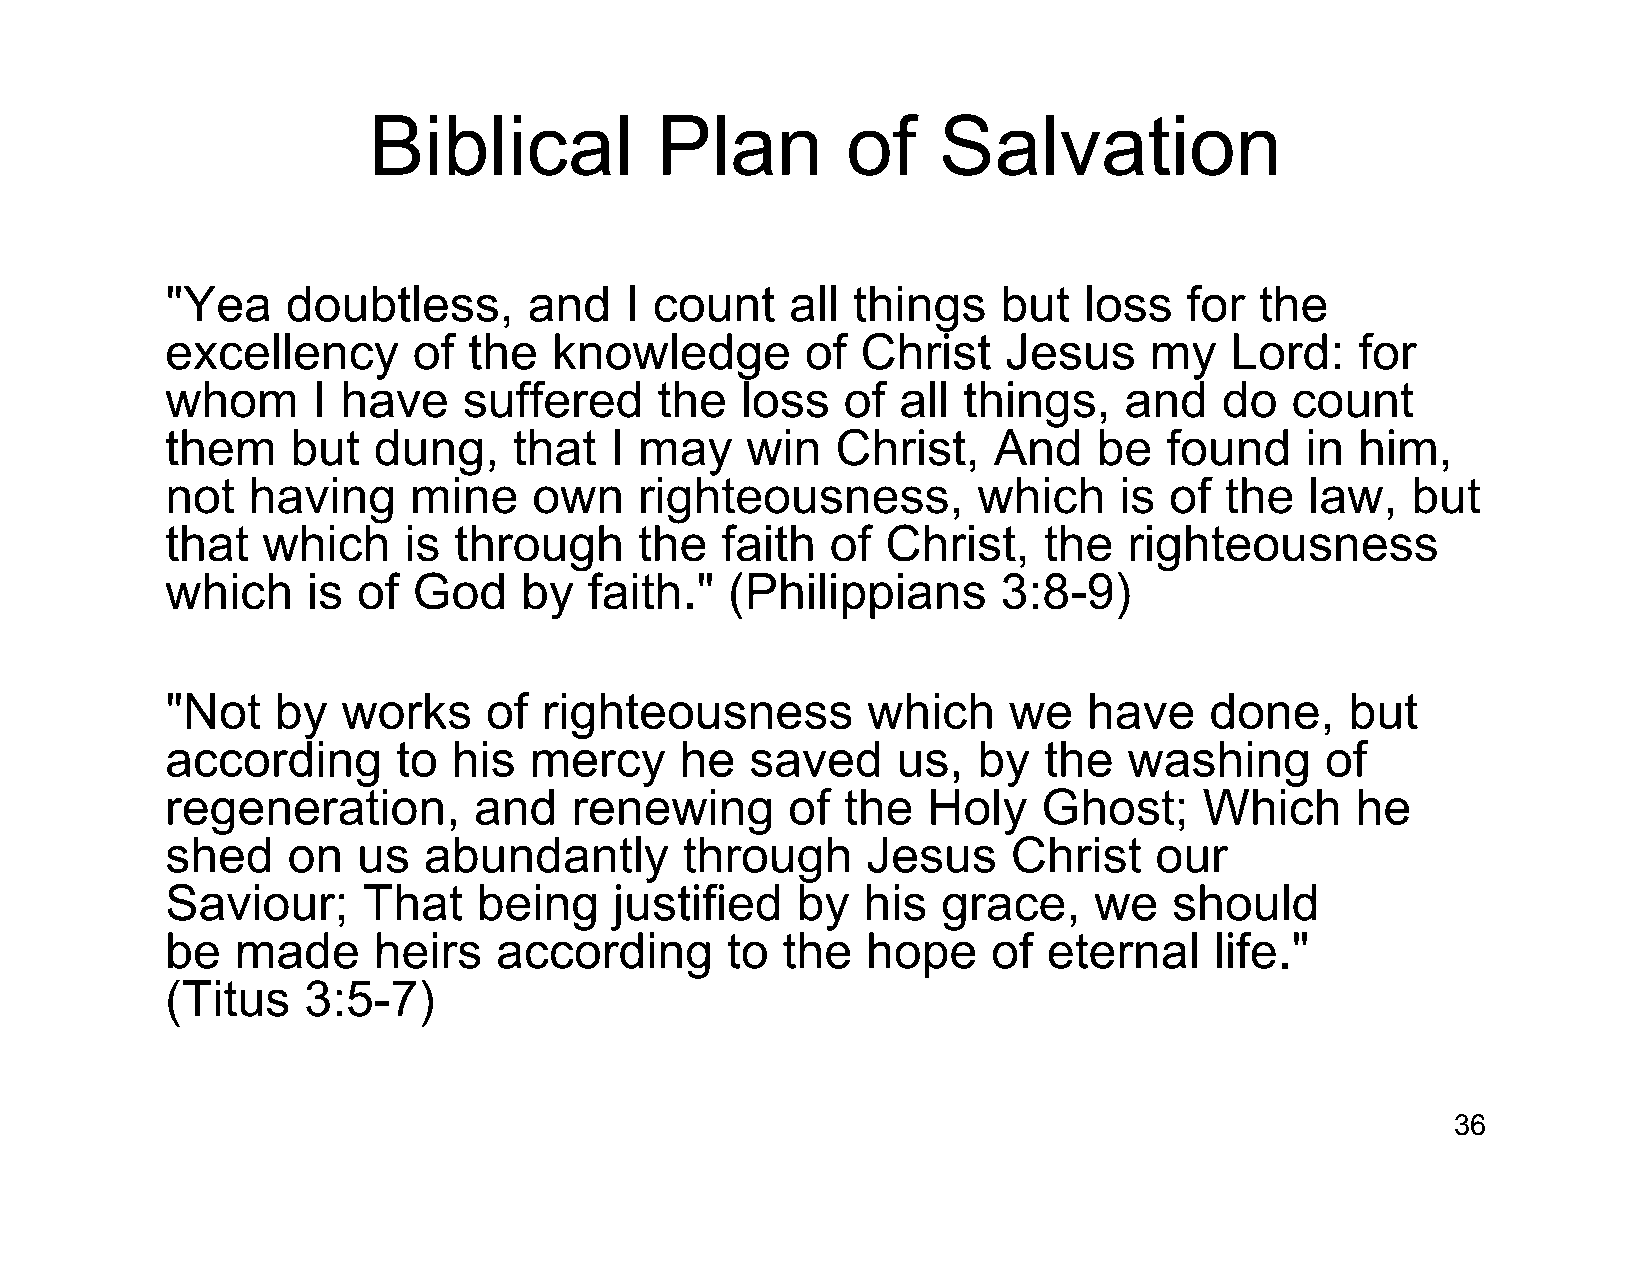
Biblical           Plan         of    Salvation
 "Yea    doubtless,      and   I count    all things    but   loss   for the
 excellency      of  the   knowledge       of  Christ    Jesus    my   Lord:    for
 whom      I have    suffered    the   loss   of  all things,   and    do  count
 them    but   dung,    that  I may    win   Christ,    And    be  found    in  him,
 not  having     mine    own    righteousness,         which    is of  the   law,  but
 that  which     is through     the   faith  of  Christ,   the   righteousness
 which    is  of God    by   faith."  (Philippians      3:8-9)
 "Not   by   works    of  righteousness        which     we   have    done,    but
 according      to  his  mercy     he   saved    us,   by  the   washing      of
 regeneration,       and    renewing      of  the  Holy    Ghost;     Which     he
 shed    on   us  abundantly       through     Jesus     Christ   our
 Saviour;     That    being    justified   by  his  grace,    we    should
 be   made     heirs   according      to  the  hope     of eternal    life."
 (Titus   3:5-7)
 36